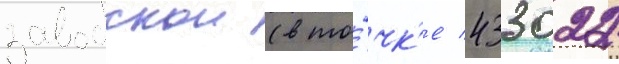
заводскои (в то́чк'е 433022